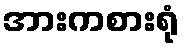
အားကစားရုံ